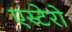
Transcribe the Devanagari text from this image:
एस्टेरो